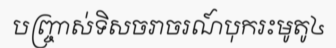
បញ្ច្រាស់ទិសចរាចរណ៍បុករះមូតូ៤